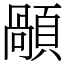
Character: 䫚